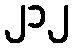
၂၁၂